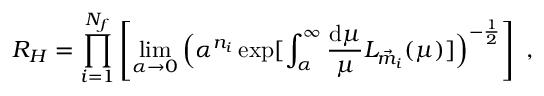
R _ { H } = \prod _ { i = 1 } ^ { N _ { f } } \left[ \operatorname * { l i m } _ { \alpha \rightarrow 0 } \Big ( \alpha ^ { n _ { i } } \exp [ \int _ { \alpha } ^ { \infty } \frac { \mathrm { d } \mu } { \mu } { \cal L } _ { \vec { m } _ { i } } ( \mu ) ] \Big ) ^ { - \frac { 1 } { 2 } } \right] \ ,